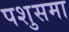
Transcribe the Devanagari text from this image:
पशुसमा